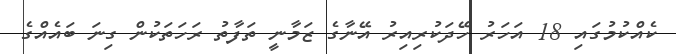
ކެއްކުމުގައި 18 އަހަރު ހޭދަކުރިއިރު އޭނާގެ ޒަމާނީ ތަފާތު ރަހަތަކުން ގިނަ ބައެއްގެ